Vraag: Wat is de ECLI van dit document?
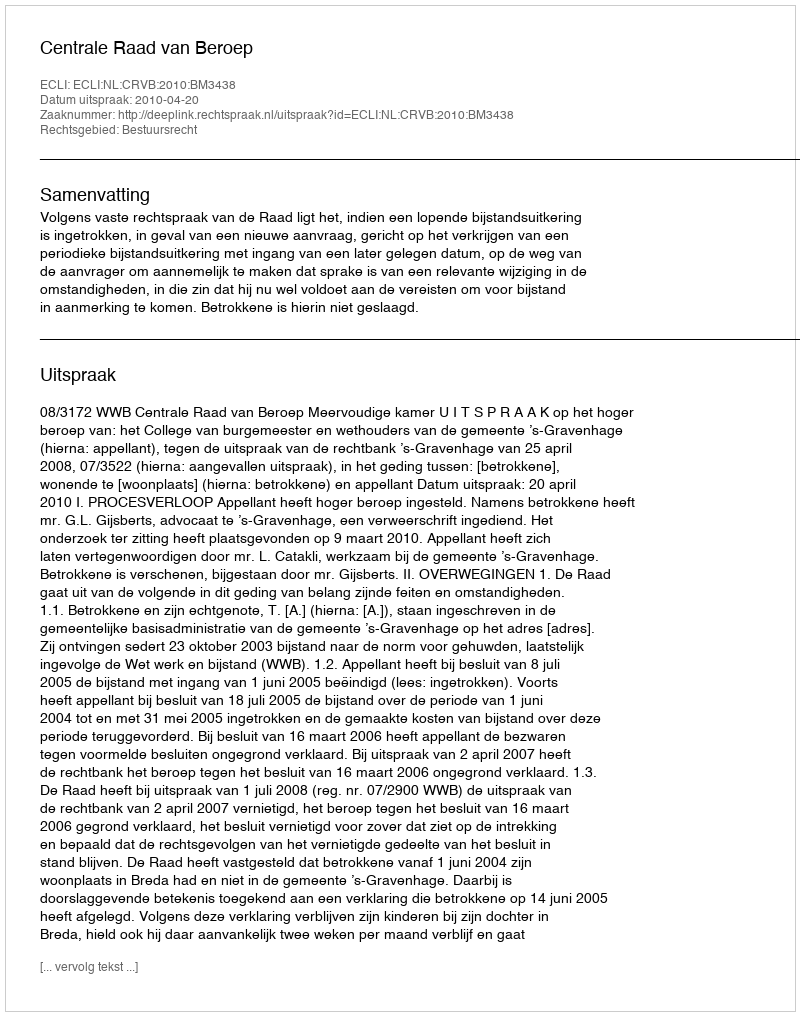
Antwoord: ECLI:NL:CRVB:2010:BM3438